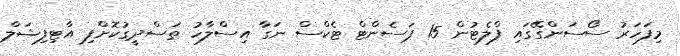
މިފަހަރު ސޯސަންގޭގައި ފްލެޓުން 15 ޕަސެންޓް ޓެކްސް ނަގާ އިސްލާހު ތަސްދީގުކޮށްފި އާޓިފިޝަލް